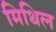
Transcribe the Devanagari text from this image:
मिथिल